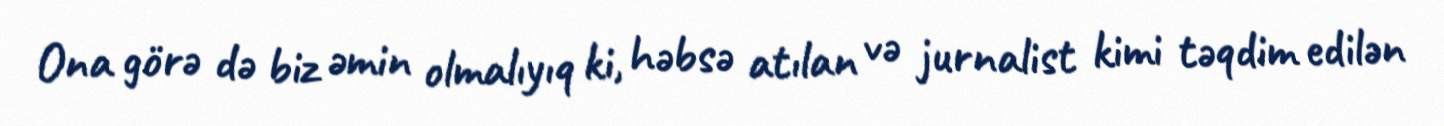
Ona görə də biz əmin olmalıyıq ki, həbsə atılan və jurnalist kimi təqdim edilən